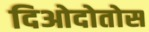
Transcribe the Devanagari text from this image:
दिओदोतोस